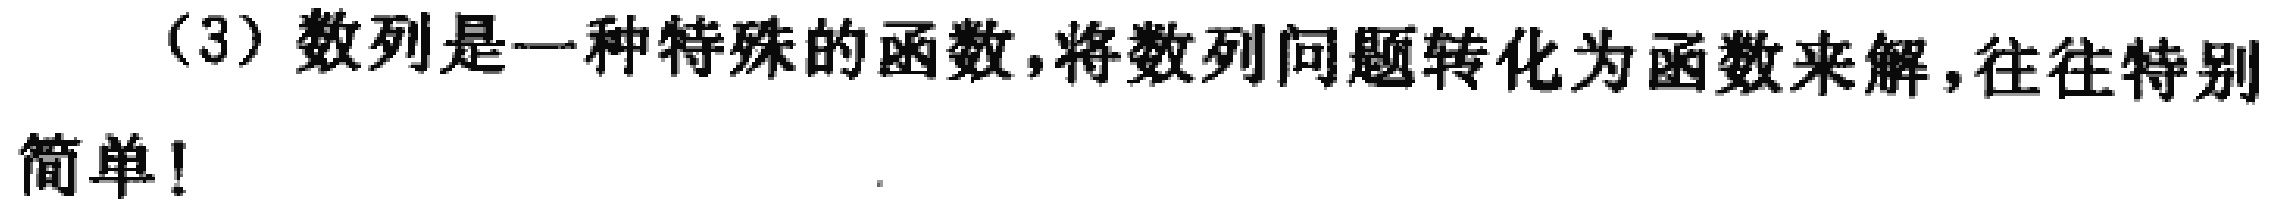
（3）数列是一种特殊的函数，将数列问题转化为函数来解，往往特别简单！